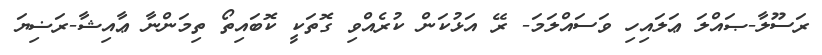
ރަސޫލާ-ޞައްލަ ޢަލައިހި ވަސައްލަމަ- ރޭ އަޅުކަން ކުރެއްވި ގޮތަކީ ކޮބައިތޯ ތިމަންނާ ޢާއިޝާ-ރަޟިޔަ